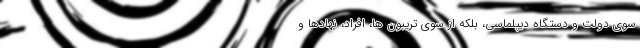
سوی دولت و دستگاه دیپلماسی، بلکه از سوی تریبون ها، افراد، نهادها و